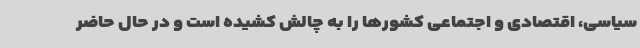
سیاسی، اقتصادی و اجتماعی کشورها را به چالش کشیده است و در حال حاضر